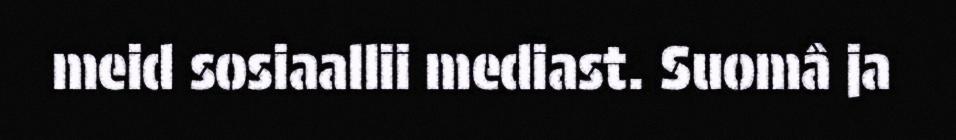
meid sosiaallii mediast. Suomâ ja